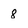
Character: 8